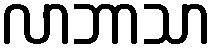
လာဘာသာ